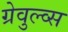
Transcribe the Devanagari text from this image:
ग्रेवुल्व्स